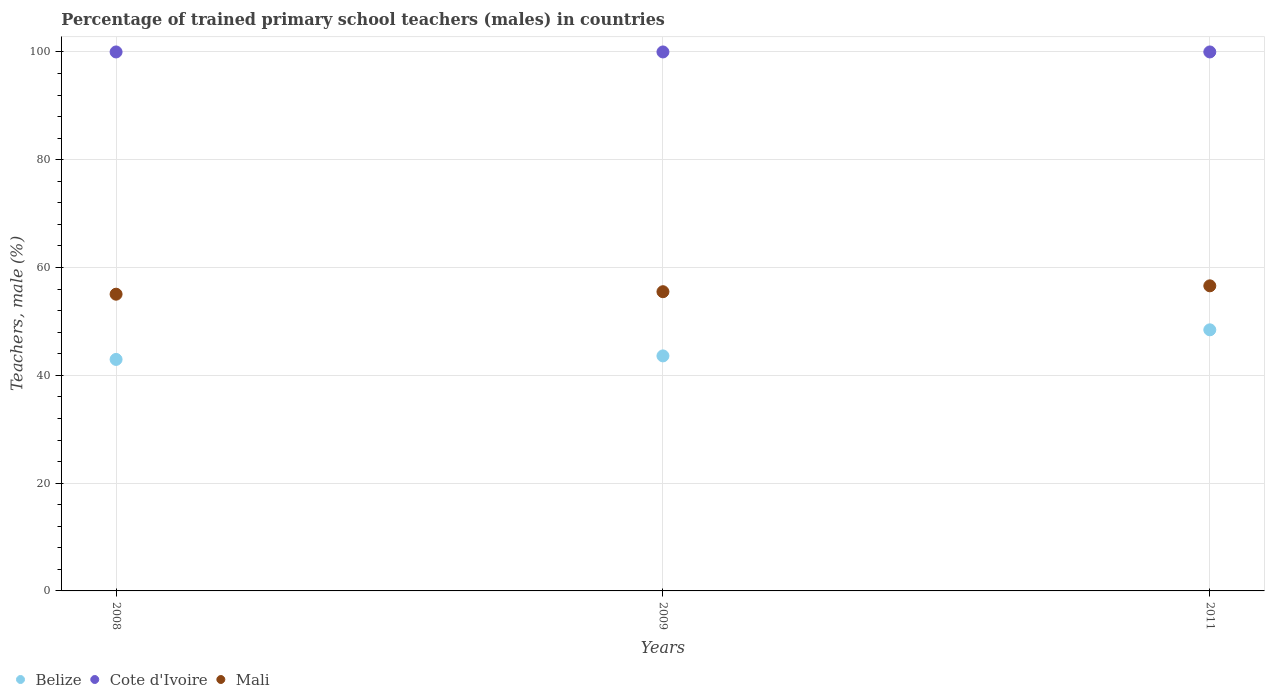
| Years | Belize | Cote d'Ivoire | Mali |
 | --- | --- | --- | --- |
 | 2008 | 43 | 100 | 55.1 |
 | 2009 | 43.6 | 100 | 55.5 |
 | 2011 | 48.4 | 100 | 56.6 |